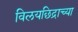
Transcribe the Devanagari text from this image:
विलयछिद्राच्या